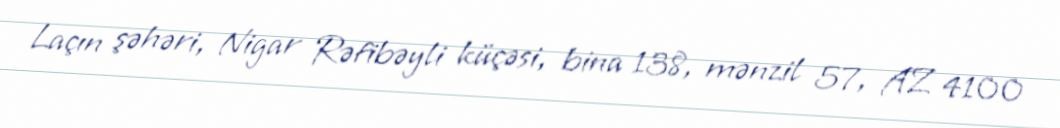
Laçın şəhəri, Nigar Rəfibəyli küçəsi, bina 138, mənzil 57, AZ 4100